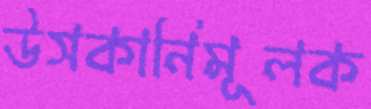
উসকানিমূলক